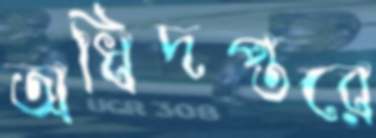
অধিদপ্তরে